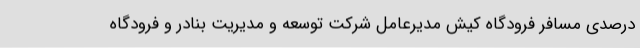
درصدی مسافر فرودگاه کیش مدیرعامل شرکت توسعه و مدیریت بنادر و فرودگاه